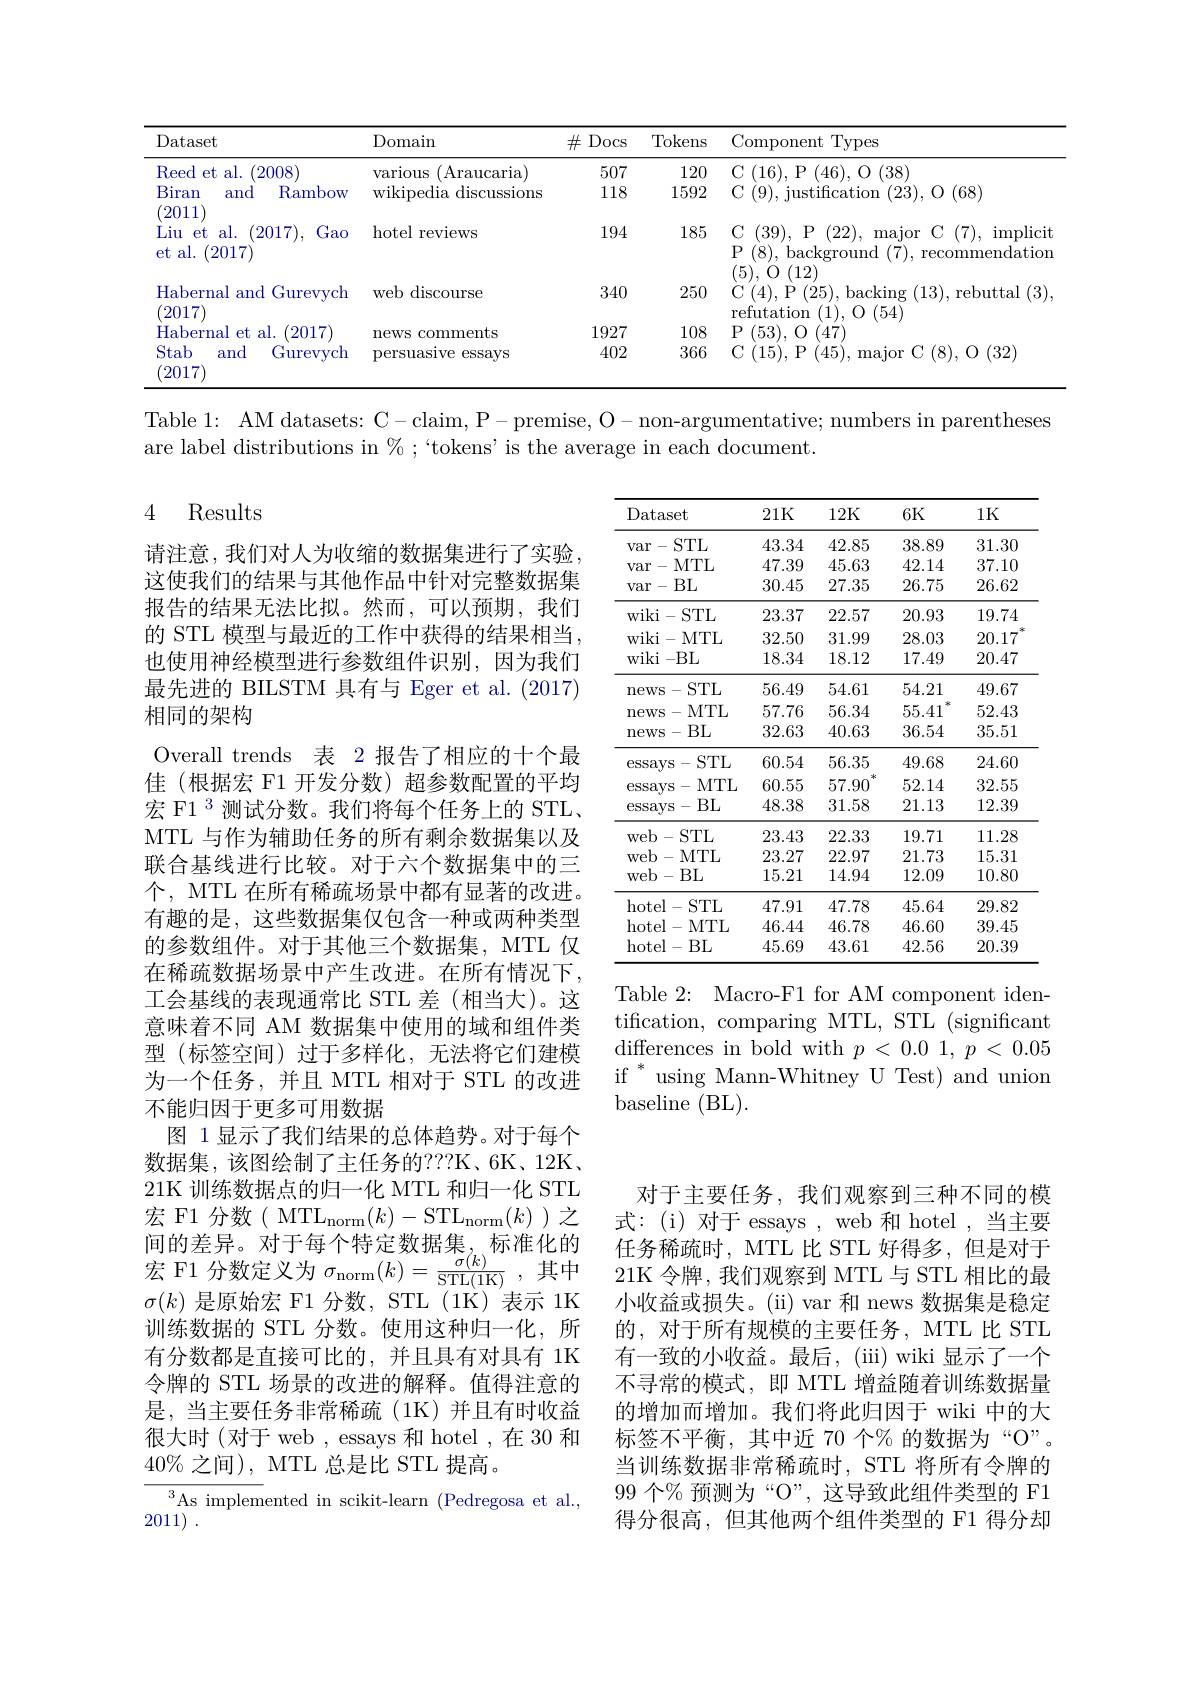
<table>
	<tbody>
		<tr>
			<th>Dataset</th>
			<th>Domain</th>
			<th>$\#$Docs</th>
			<th>$\operatorname{Tokens}$</th>
			<th>Component $\textbf{t}$Types</th>
		</tr>
		<tr>
			<td>Reed et al. (2008)</td>
			<td>various (Araucaria</td>
			<td>507</td>
			<td>120</td>
			<td>C (16),P (46),O(38)</td>
		</tr>
		<tr>
			<td>Biran and Rambow 2011</td>
			<td>wikipedia c discussions</td>
			<td>118</td>
			<td>1592</td>
			<td>C (9), justification (23), O (68)</td>
		</tr>
		<tr>
			<td>$V\bot\bot$ Liu $et$ t al. (2017) Gao et al. 2017</td>
			<td>hotel reviews</td>
			<td>194</td>
			<td>185</td>
			<td>C(39),P(22),major C(7),implicit P (8),background(7),recommendation (5) $\Lambda$ 110</td>
		</tr>
		<tr>
			<td>Habernal and I Gurevych 2017</td>
			<td>web discourse</td>
			<td>340</td>
			<td>250</td>
			<td>C(4),P(25),backing(13),rebuttal(3) refutation (1), O (54)</td>
		</tr>
		<tr>
			<td>Habernal et al. 2017</td>
			<td>newS comments T</td>
			<td>1927</td>
			<td>108</td>
			<td>${\textup{P}}(53),{\textnormal O}(47)$</td>
		</tr>
		<tr>
			<td>Stab and Gurevych 2017</td>
			<td>persuasive essays</td>
			<td>402</td>
			<td>366</td>
			<td>C (15),P (45),major C(8),O(32)</td>
		</tr>
	</tbody>
</table>

Table 1: AM datasets: C-claim, P- premise, O- non-argumentative; numbers in parentheses
are label distributions in $\%;$“tokens’is the average in each document.

### 4 Results

<table>
	<tbody>
		<tr>
			<th>Dataset</th>
			<th>21K</th>
			<th>12K</th>
			<th>6K</th>
			<th>1K</th>
		</tr>
		<tr>
			<td>-STL Var</td>
			<td>43.34</td>
			<td>42.85</td>
			<td>38.89</td>
			<td>31.30</td>
		</tr>
		<tr>
			<td>-MTL var </td>
			<td>47.39</td>
			<td>45.63</td>
			<td>42.14</td>
			<td>37.10</td>
		</tr>
		<tr>
			<td>BL var 一 .</td>
			<td>30.45</td>
			<td>27.35</td>
			<td>26.75</td>
			<td>26.62</td>
		</tr>
		<tr>
			<td>wiki-STL</td>
			<td>23.37</td>
			<td>22.57</td>
			<td>20.93</td>
			<td>19.74</td>
		</tr>
		<tr>
			<td>wiki i- 1 $MTL$</td>
			<td>32.50</td>
			<td>31.99</td>
			<td>28.03</td>
			<td>20.17</td>
		</tr>
		<tr>
			<td>wiki $\mathbf{i}-$BL</td>
			<td>18.34</td>
			<td>18.12</td>
			<td>17.49</td>
			<td>20.47</td>
		</tr>
		<tr>
			<td>-STL mewS</td>
			<td>56.49</td>
			<td>54.61</td>
			<td>54.21</td>
			<td>49.67</td>
		</tr>
		<tr>
			<td>-MTL news</td>
			<td>57.76</td>
			<td>56.34</td>
			<td>1 55.41</td>
			<td>52.43</td>
		</tr>
		<tr>
			<td>-BL $\operatorname{news}$</td>
			<td>32.63</td>
			<td>40.63</td>
			<td>36.54</td>
			<td>35.51</td>
		</tr>
		<tr>
			<td>-STL essavs</td>
			<td>60.54</td>
			<td>56.35</td>
			<td>49.68</td>
			<td>24.60</td>
		</tr>
		<tr>
			<td>MTL essavs - 20</td>
			<td>60.55</td>
			<td>57.90</td>
			<td>52.14</td>
			<td>32.55</td>
		</tr>
		<tr>
			<td>essays $BL$ 一</td>
			<td>48.38</td>
			<td>31.58</td>
			<td>21.13</td>
			<td>12.39</td>
		</tr>
		<tr>
			<td>-STL web</td>
			<td>23.43</td>
			<td>22.33</td>
			<td>19.71</td>
			<td>11.28</td>
		</tr>
		<tr>
			<td>web-MTL</td>
			<td>23.27</td>
			<td>22.97</td>
			<td>21.73</td>
			<td>15.31</td>
		</tr>
		<tr>
			<td>web- BL</td>
			<td>15.21</td>
			<td>14.94</td>
			<td>12.09</td>
			<td>10.80</td>
		</tr>
		<tr>
			<td>hotel- STL </td>
			<td>47.91</td>
			<td>47.78</td>
			<td>45.64</td>
			<td>29.82</td>
		</tr>
		<tr>
			<td>hotel- N MTL</td>
			<td>46.44</td>
			<td>46.78</td>
			<td>46.60</td>
			<td>39.45</td>
		</tr>
		<tr>
			<td>hotel- BL</td>
			<td>45.69</td>
			<td>43.61</td>
			<td>42.56</td>
			<td>20.39</td>
		</tr>
	</tbody>
</table>

请注意，我们对人为收缩的数据集进行了实验这使我们的结果与其他作品中针对完整数据集报告的结果无法比拟。然而，可以预期，我们的 STL 模型与最近的工作中获得的结果相当， 也使用神经模型进行参数组件识别，因为我们最先进的 BILSTM 具有与 Eger et al. (2017) 相同的架构
Overall trends 表 2 报告了相应的十个最佳(根据宏 F1 开发分数)超参数配置的平均宏 F1 3 测试分数。我们将每个任务上的 STL、 MTL 与作为辅助任务的所有剩余数据集以及联合基线进行比较。对于六个数据集中的三个，MTL 在所有稀疏场景中都有显著的改进。有趣的是，这些数据集仅包含一种或两种类型的参数组件。对于其他三个数据集，MTL 仅在稀疏数据场景中产生改进。在所有情况下， 工会基线的表现通常比 STL 差 (相当大)。这意味着不同 AM 数据集中使用的域和组件类型(标签空间)过于多样化，无法将它们建模为一个任务，并且 MTL 相对于 STL 的改进不能归因于更多可用数据
图 1显示了我们结果的总体趋势。对于每个数据集，该图绘制了主任务的？??K、6K、12K、 21K 训练数据点的归一化 MTL 和归一化 STL 宏 F1 分数( MTLn$orm( k) -$S$TL_\mathrm{norm}( k)$ )之间的差异。对于每个特定数据集，标准化的宏 F1 分数定义为$\sigma_\mathrm{norm}(k)=\frac{\sigma(k)}{\mathrm{STL}(1\mathrm{K})}$,其中$\sigma(k)$是原始宏 F1 分数，STL (1K) 表示 1K 训练数据的 STL 分数。使用这种归一化，所有分数都是直接可比的，并且具有对具有 1K 令牌的 STL 场景的改进的解释。值得注意的是，当主要任务非常稀疏(1K)并且有时收益很大时(对于 web, essays 和 hotel ,在 30 和$40\%$之间), MTL 总是比 STL 提高。
${\overline{{^3}\text{As implem}}}$ented in scikit-learn (Pedregosa et al.,
2011) .

Table 2: Macro-F1 for AM component identification, comparing MTL, STL (significant) $\operatorname*{differences}$ in bold with $p<0.01,p<0.05$ if $^*$using Mann-Whitney U Test) and union baseline (BL).

对于主要任务，我们观察到三种不同的模式：(i)对于 essays , web 和 hotel , 当主要任务稀疏时，MTL 比 STL 好得多，但是对于21K 令牌，我们观察到 MTL 与 STL 相比的最小收益或损失。(ii) var 和 news 数据集是稳定的，对于所有规模的主要任务，MTL 比 STL 有一致的小收益。最后，(iii) wiki 显示了一个不寻常的模式，即 MTL 增益随着训练数据量的增加而增加。我们将此归因于 wiki 中的大标签不平衡，其中近 70 个% 的数据为“O”。当训练数据非常稀疏时，STL 将所有令牌的99 个% 预测为“O”, 这导致此组件类型的 F1得分很高，但其他两个组件类型的 F1 得分却